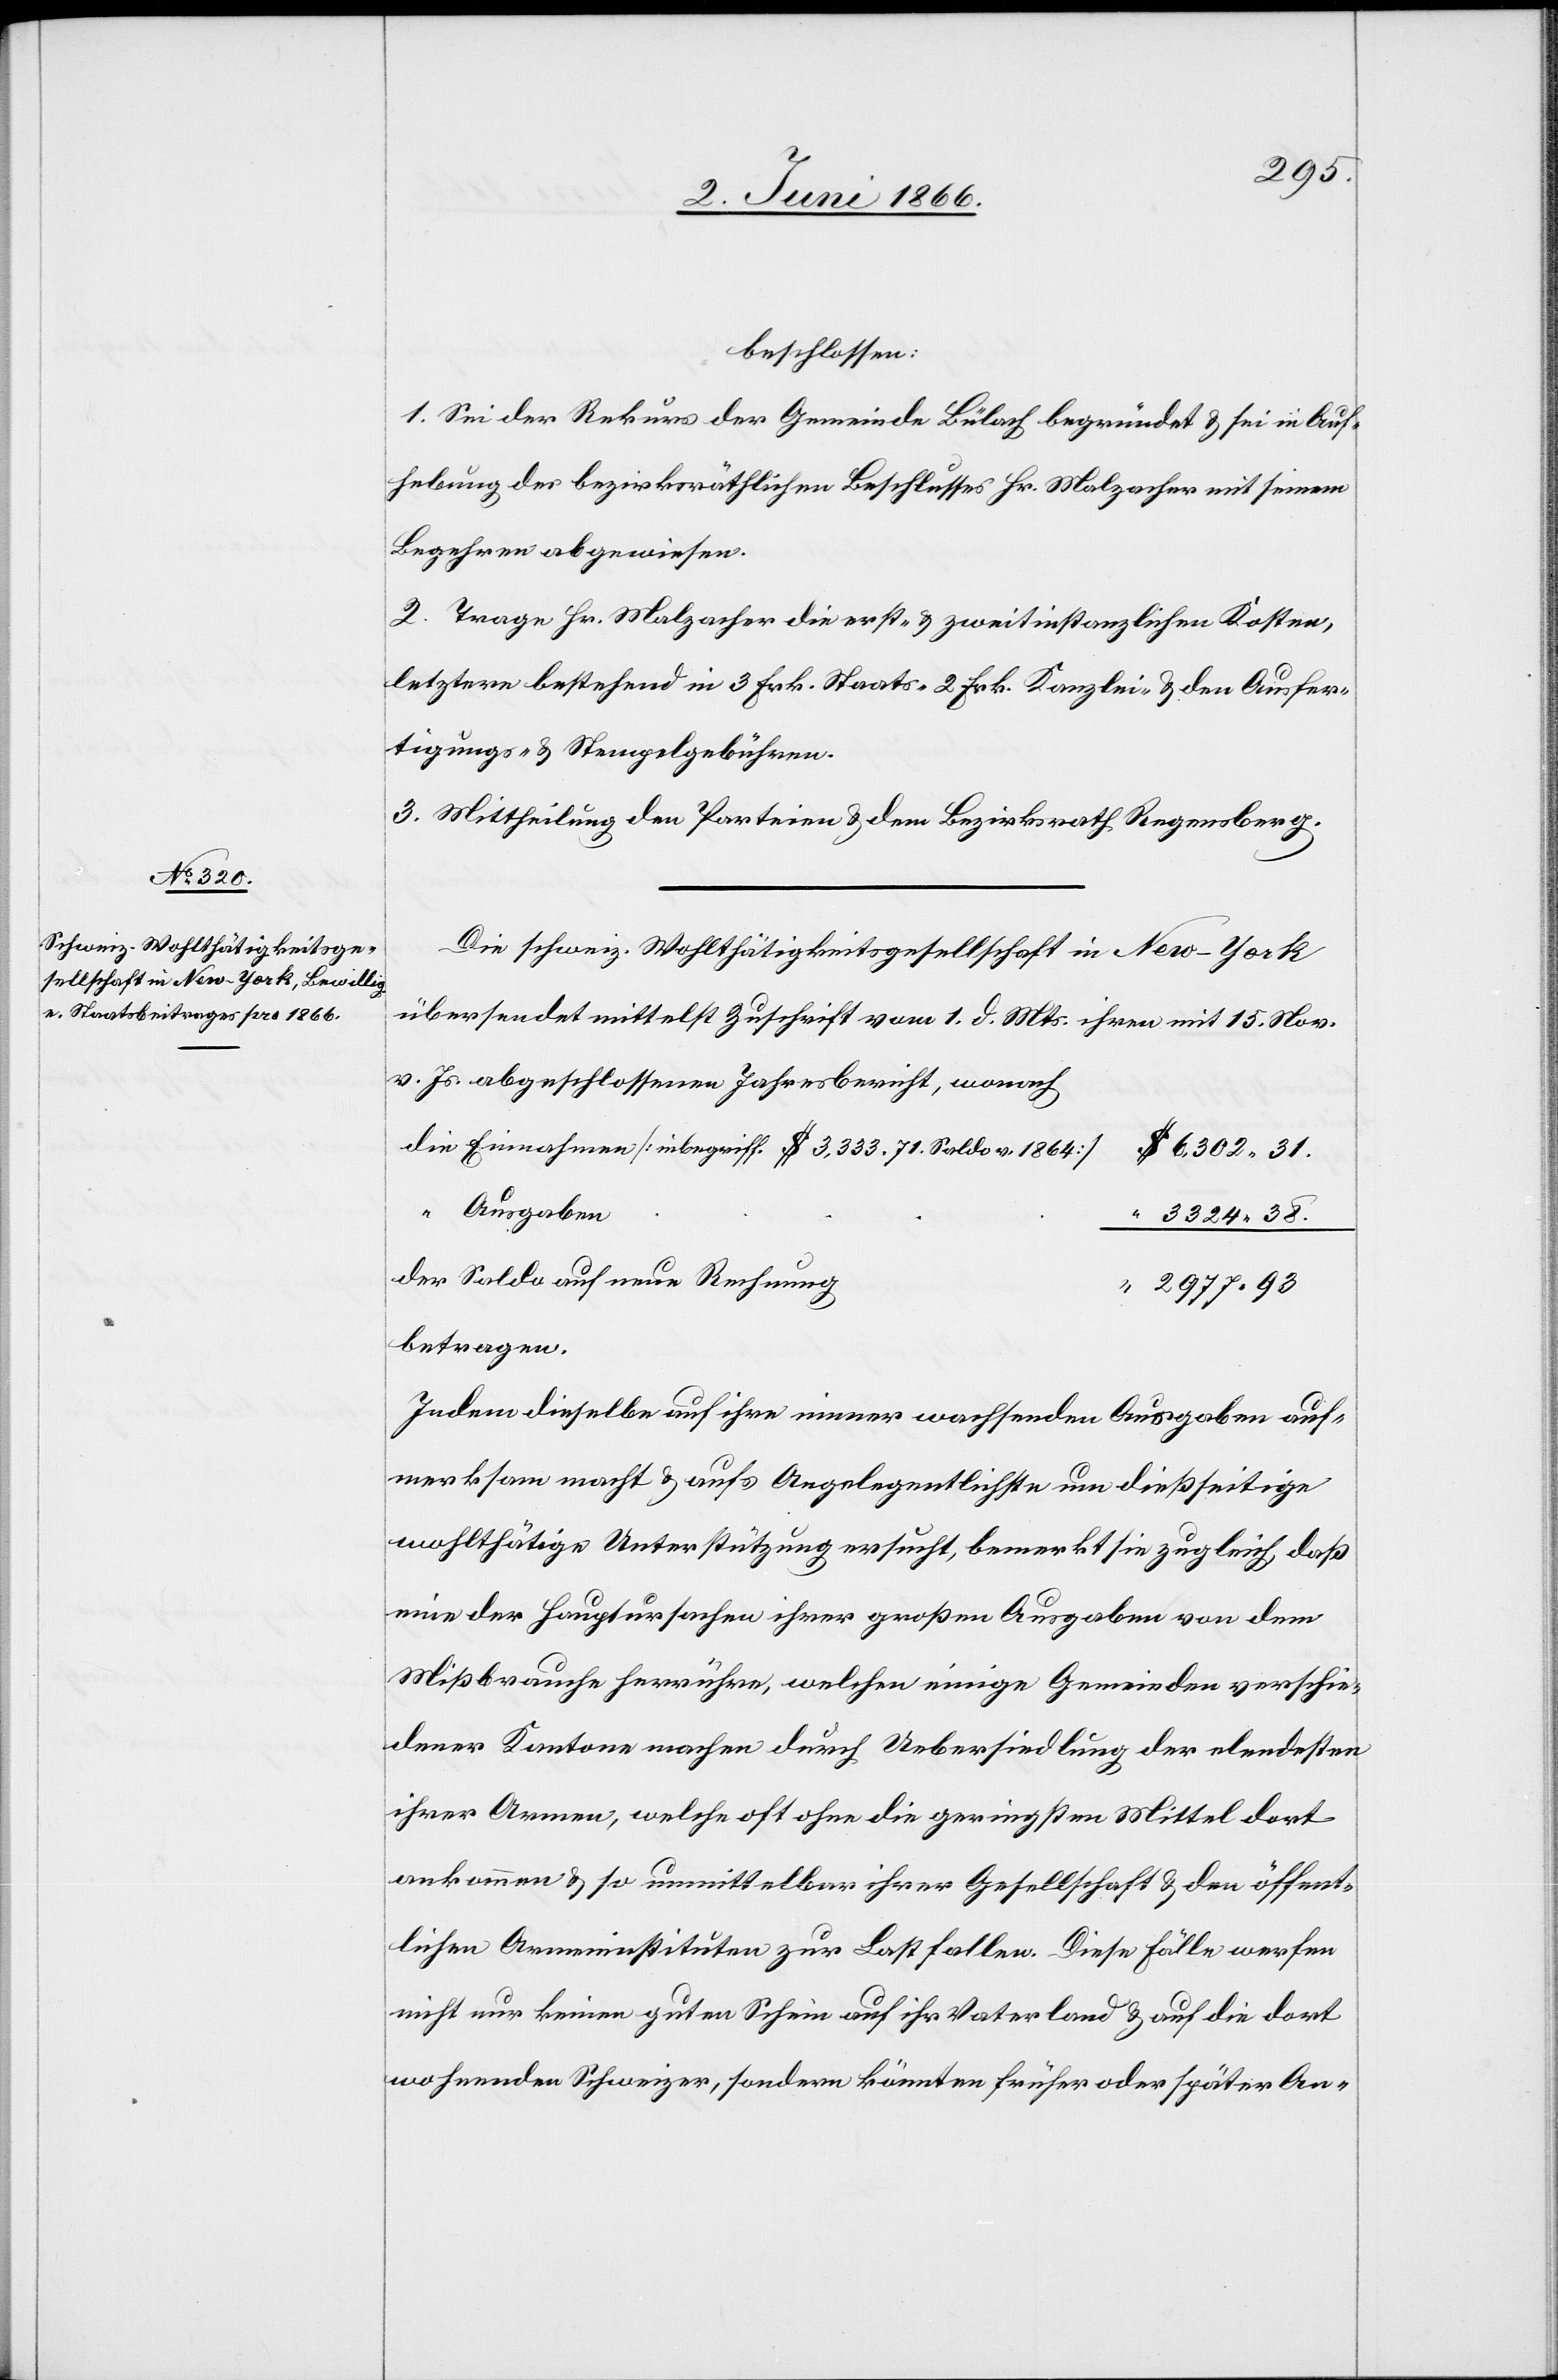
1. Sei der Rekurs der Gemeinde Bülach begründet u. sei in Auf¬
hebung des bezirksräthlichen Beschlusses Hr. Malzacher mit seinem
Begehren abgewiesen.
2. Trage Hr. Malzacher die erst- u. zweitinstanzlichen Kosten,
letztere bestehend in 3 Frk. Staats-, 2 Frk. Kanzlei- u. den Ausfer¬
tigungs- u. Stempelgebühren.
3. Mittheilung den Parteien u. dem Bezirksrath Regensberg.
Die schweiz. Wohlthätigkeitsgesellschaft in New-York
übersendet mittelst Zuschrift vom 1. d. Mts. ihren mit 15. Nove¬
v. Js. abgeschlossenen Jahresbericht, wonach
die Einnahmen [inbegriff. $ 3333.71. Saldo v. 1864]
6302.31.
mber
Ausgaben
der Saldo auf neue Rechnung
2977.93
betragen.
Indem dieselbe auf ihre immer wachsenden Ausgaben auf¬
merksam macht u. aufs Angelegentlichste um dießseitige
wohlthätige Unterstützung ersucht, bemerkt sie zugleich, daß
eine der Hauptursachen ihrer großen Ausgaben von dem
Mißbrauche herrühre, welchen einige Gemeinden verschie¬
dener Kantone machen durch Uebersiedlung der elendesten
ihrer Armen, welche oft ohne die geringsten Mittel dort
ankommen u. so unmittelbar ihrer Gesellschaft u. den öffent¬
lichen Armeninstitution zur Last fallen. Diese Fälle werfen
nicht nur keinen guten Schein auf ihr Vaterland u. auf die dort
wohnenden Schweizer, sondern könnten früher oder später An-